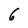
Character: 6